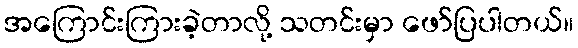
အကြောင်းကြားခဲ့တာလို့ သတင်းမှာ ဖော်ပြပါတယ်။